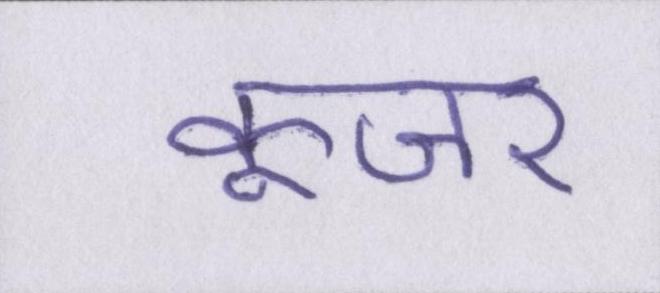
कूजर